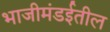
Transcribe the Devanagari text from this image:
भाजीमंडईतील